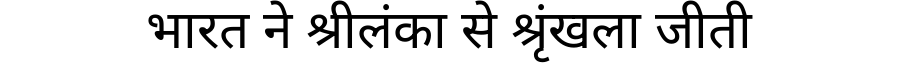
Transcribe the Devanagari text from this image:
भारत ने श्रीलंका से श्रृंखला जीती